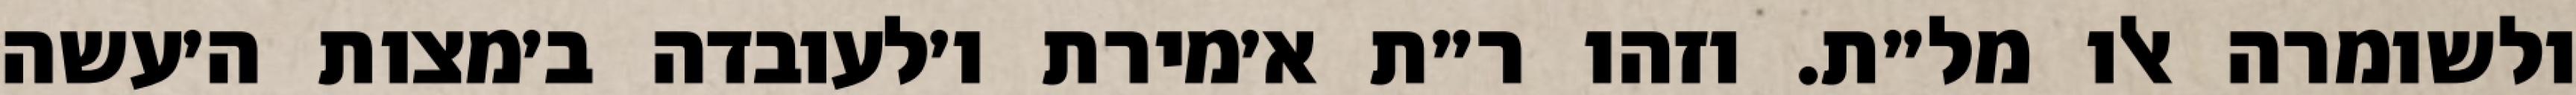
ולשומרה אלו מל״ת. וזהו ר״ת א׳מירת ו׳לעובדה ב׳מצות ה׳עשה